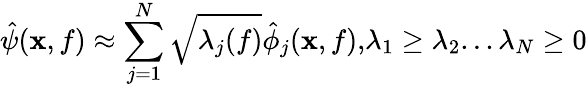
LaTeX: \hat{\psi}(\mathbf{x},f)\approx\sum_{j=1}^{N}\sqrt{\lambda_{j}(f)}\hat{\phi}_{j}(\mathbf{x},f),\! \lambda_{1}\geq\lambda_{2}...\lambda_{N}\geq 0